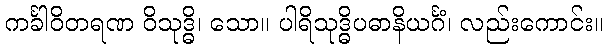
ကင်္ခါဝိတရဏ ဝိသုဒ္ဓိ၊ သော။ ပါရိသုဒ္ဓိပဓာနိယင်္ဂံ၊ လည်းကောင်း။